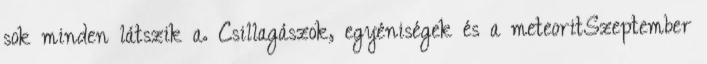
sok minden látszik a. Csillagászok, egyéniségek és a meteoritSzeptember